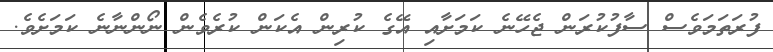
ފުރަތަމަވެސް ސާފުކުރަން ޖެހޭނެ ކަމަށާއި އޭގެ ކުރިން އެކަން ކުރެވެން ނޯންނާނެ ކަމަށެވެ.